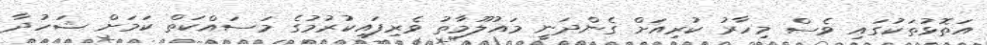
އަތޮޅުތަކުގައި ވެސް މިހާރު ކުރިއަށް ގެންދަނީ މައުލޫމާތު ވެރިފައިކުރުމުގެ މަސައްކަތް ކަމަށް ޝަހުދާ